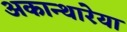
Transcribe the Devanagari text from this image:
अकान्थारेया